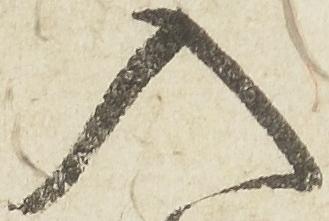
入